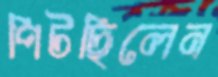
পিটছিলেন